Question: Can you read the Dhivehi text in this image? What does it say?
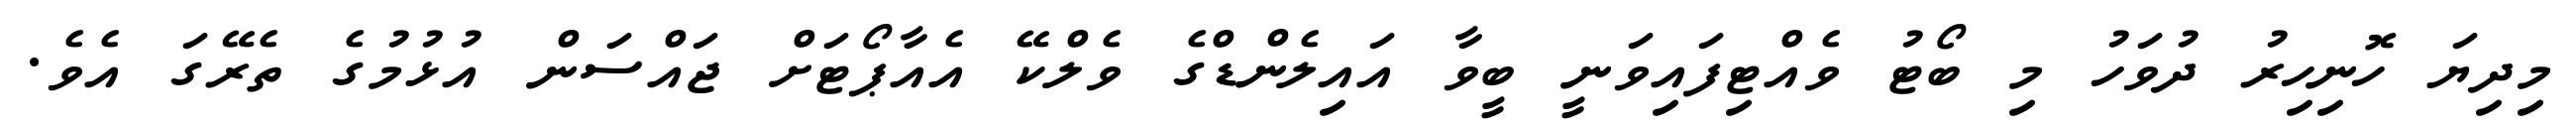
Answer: މިދިޔަ ހޮނިހިރު ދުވަހު މި ބޯޓު ވެއްޓިފައިވަނީ ބީވާ އައިލެންޑްގެ ވެލްކޭ އެއާޕޯޓަށް ޖައްސަން އުޅުމުގެ ތެރޭގަ އެވެ.